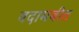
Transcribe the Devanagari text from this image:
बदामबीत